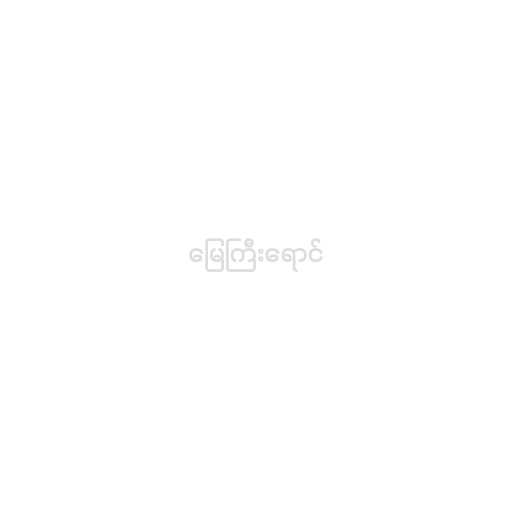
မြေကြီးရောင်